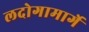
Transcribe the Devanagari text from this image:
लदोगामार्गे